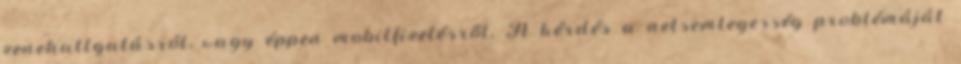
zenehallgatásról, vagy éppen mobilfizetésről. A kérdés a netsemlegesség problémáját